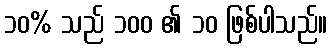
၁၀% သည် ၁၀၀ ၏ ၁၀ ဖြစ်ပါသည်။